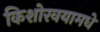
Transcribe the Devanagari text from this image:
किशोरवयामधे